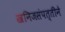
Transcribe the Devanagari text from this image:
खनिजसंपत्तीने